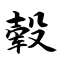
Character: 毂